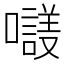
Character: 𡃛